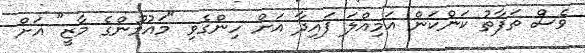
ވެސް ތަފާތު ކަންކަން އަމިއްލަ ފައިދާ އަށް ހިންގެވި "މައުމޫންގެ މާޒީ" އަށް